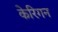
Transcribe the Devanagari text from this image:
केरिगन